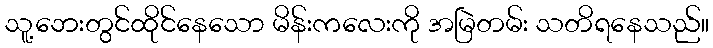
သူ့ဘေးတွင်ထိုင်နေသော မိန်းကလေးကို အမြဲတမ်း သတိရနေသည်။